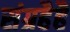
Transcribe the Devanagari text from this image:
संग्रहैहै